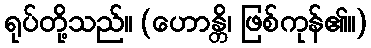
ရုပ်တို့သည်။ (ဟောန္တိ၊ ဖြစ်ကုန်၏။)